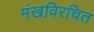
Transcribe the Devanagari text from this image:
मंखविरचित